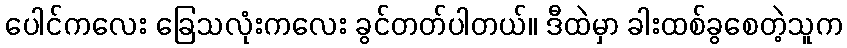
ပေါင်ကလေး ခြေသလုံးကလေး ခွင်တတ်ပါတယ်။ ဒီထဲမှာ ခါးထစ်ခွစေတဲ့သူက